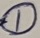
Text: 1